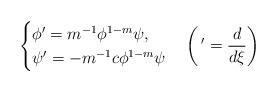
LaTeX: \begin{align*}\begin{cases}\phi'=m^{-1}\phi^{1-m}\psi,\\\psi'=-m^{-1}c\phi^{1-m}\psi\end{cases}\left(\, '=\dfrac{d}{d\xi}\right)\end{align*}